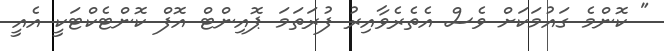
" ކޮންމެ ގައުމަކަށް ވެސް އެތެރެވާއިރު ފުރަތަމަ ޕޮއިންޓް އޮފް ކޮންޓެކްޓަކީ އެއީ